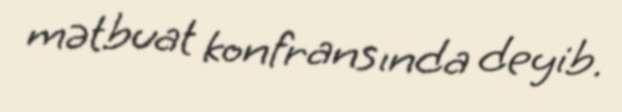
mətbuat konfransında deyib.